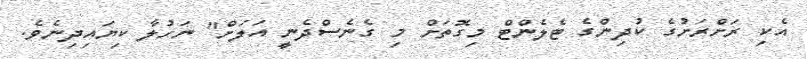
އެކި ރަށްރަށުގެ ކުދިންގެ ޓެލެންޓް މިގޮތަށް މި ގެނެސްދެނީ އަލަށް" ނަހުލާ ކިޔައިދިނެވެ.